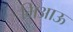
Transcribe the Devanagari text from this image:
मिआऊ